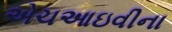
એચઆઇવીના